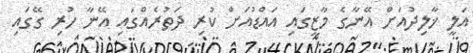
އަލީ ޚާލިދުއަށް އޭނާގެ މާޒީގައި އައްޑުއަށް ކުރި ދަތުރެއްގައި އޭނާ ހުރި ގޭގައި